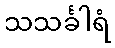
သသင်္ခါရံ